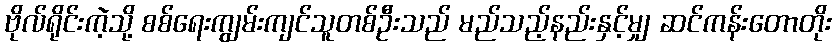
ဗိုလ်ရိုင်းကဲ့သို့ စစ်ရေးကျွမ်းကျင်သူတစ်ဦးသည် မည်သည့်နည်းနှင့်မျှ ဆင်ကန်းတောတိုး